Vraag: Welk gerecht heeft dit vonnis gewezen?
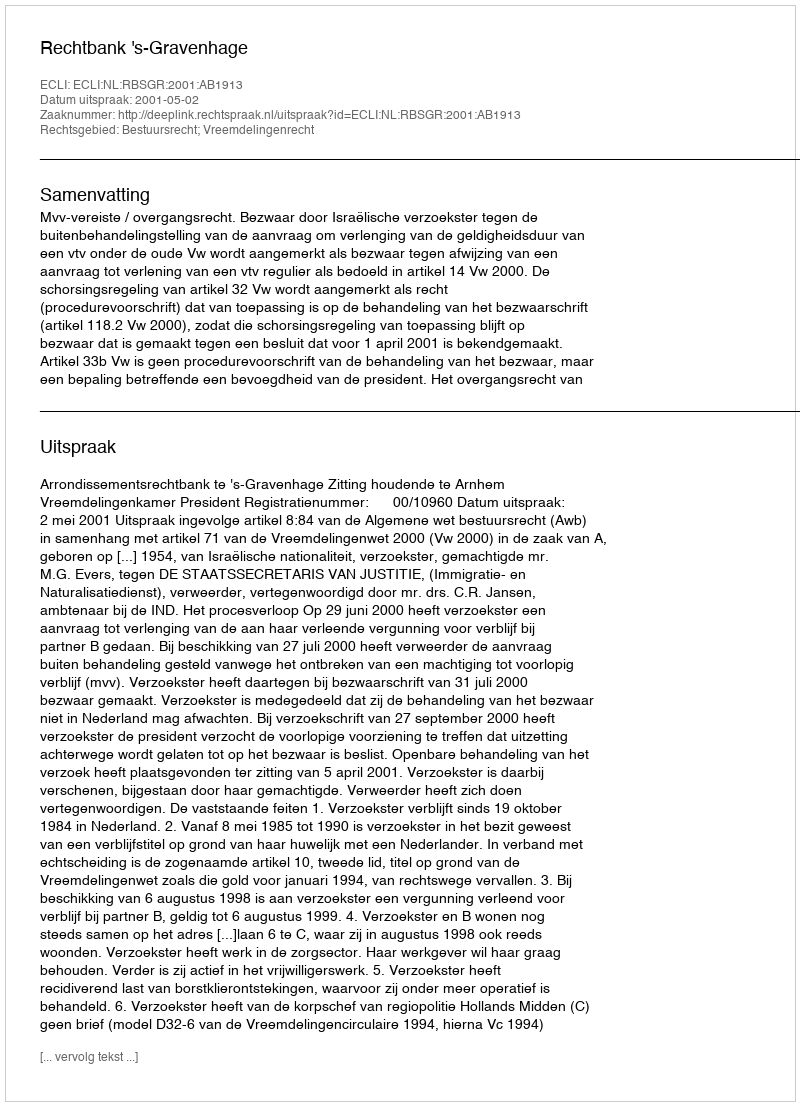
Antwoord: Rechtbank 's-Gravenhage